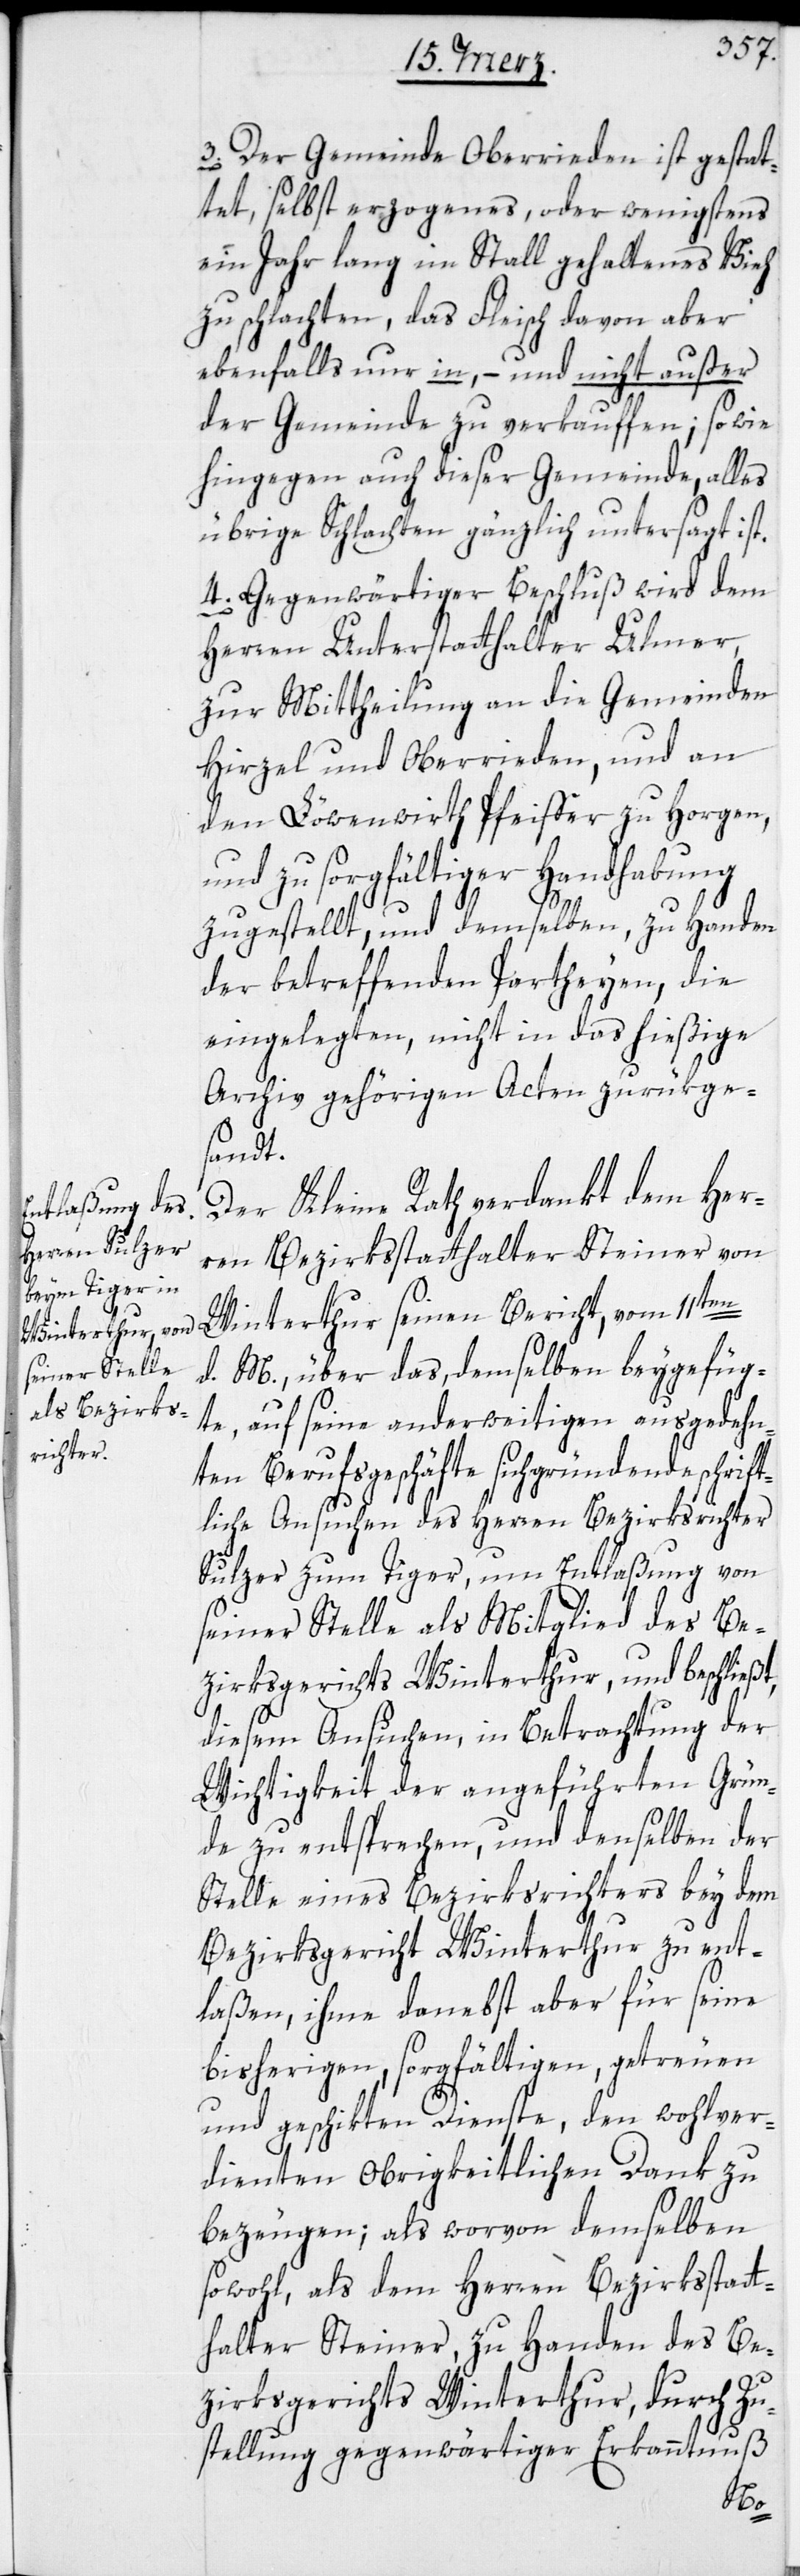
3. Der Gemeinde Oberrieden ist gestat¬
tet, selbst erzogenes, oder wenigstens
ein Jahr lang im Stall gehaltenes Vieh
zu schlachten, das Fleisch davon aber
ebenfalls nur in, – und nicht außer
der Gemeinde zu verkauffen; sowie
hingegen auch dieser Gemeinde alles
übrige Schlachten gänzlich untersagt ist.
4. Gegenwärtiger Beschluß wird dem
Herren Unterstatthalter Ulmer
zur Mittheilung an die Gemeinden
Hirzel und Oberrieden, und an
den Löwenwirth Pfeiffer zu Horgen,
und zu sorgfältiger Handhabung
zugestellt, und demselben zu Handen
der betreffenden Partheyen, die
eingelegten, nicht in das hießige
Archiv gehörigen Acten zurükge¬
sandt.
Der Kleine Rath verdankt dem Her¬
ren Bezirksstatthalter Steiner von
Winterthur seinen Bericht, vom
d. M., über das, demselben beygefüg¬
te, auf seine anderweitigen ausgedehn¬
ten Berufgeschäfte sich gründende schrift¬
liche Ansuchen des Herren Bezirksrichter
Sulzer zum Tiger, um Entlaßung von
seiner Stelle als Mitglied des Be¬
zirksgerichts Winterthur, und beschließt,
diesem Ansuchen, in Betrachtung der
Wichtigkeit der angeführten Grün¬
de zu entsprechen, und denselben der
Stelle eines Bezirksrichters bey dem
Bezirksgericht Winterthur zu ent¬
laßen, ihme danebst aber für seine
bisherigen, sorgfältigen, getreuen
und geschikten Dienste, den wohlver¬
dienten Obrigkeitlichen Dank zu
bezeugen; als worvon demselben
sowohl, als dem Herren Bezirksstatt¬
halter Steiner, zu Handen des Be¬
zirksgerichts Winterthur, durch Zu¬
stellung gegenwärtiger Erkanntnuß